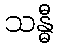
သန္ဓီ